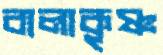
বালাকৃষ্ণ